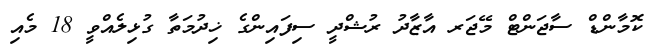
ކޮމާންޑް ސާޖަންޓް މޭޖަރ އާޒާދު ރުޝްދީ ސިފައިންގެ ޚިދުމަތާ ގުޅިލެއްވީ 18 މެއި